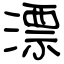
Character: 漂